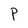
Character: P